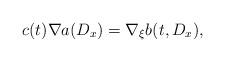
LaTeX: \begin{align*}c(t)\nabla a(D_x)=\nabla_\xi b(t,D_x),\end{align*}